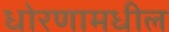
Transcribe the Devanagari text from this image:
धोरणामधील